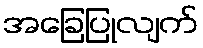
အခြေပြုလျက်